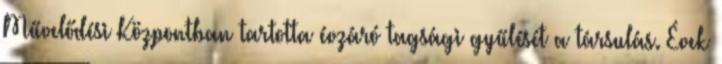
Művelődési Központban tartotta évzáró tagsági gyűlését a társulás. Évek